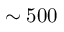
\sim 5 0 0